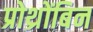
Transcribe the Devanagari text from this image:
प्रोथ्रोंबिन